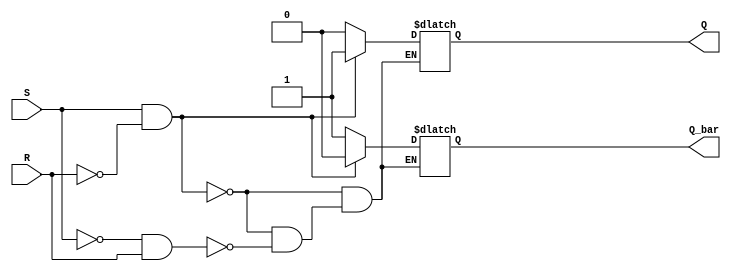
module sr_latch(
    input S,
    input R,
    output reg Q,
    output reg Q_bar
);

always @(*) begin
    if(S && !R) begin
        Q = 1;
        Q_bar = 0;
    end else if (!S && R) begin
        Q = 0;
        Q_bar = 1;
    end
    // Hold previous state when S and R are both de-asserted
    // This condition is already covered by the flip-flop behavior in the Verilog code
end

endmodule